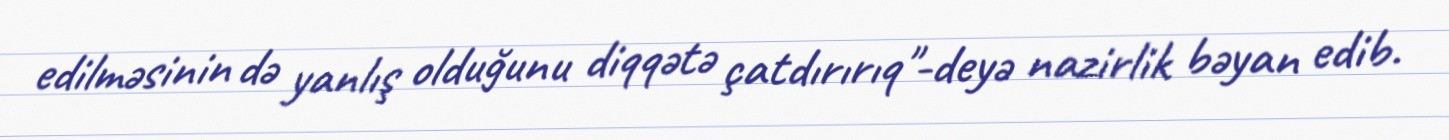
edilməsinin də yanlış olduğunu diqqətə çatdırırıq"-deyə nazirlik bəyan edib.